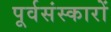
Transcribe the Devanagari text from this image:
पूर्वसंस्कारों